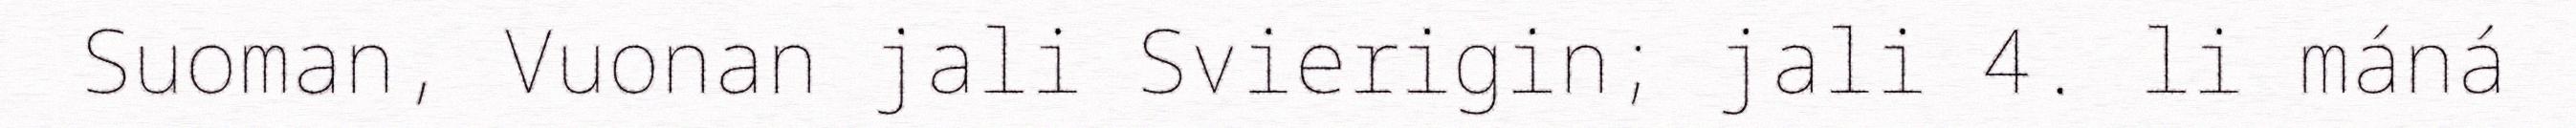
Suoman, Vuonan jali Svierigin; jali 4. li máná